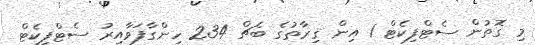
މި ގޮތުން ސެޓްފިކެޓް 1 އިން ޤިރާތުގެ ބެޗް 234 ހިންގާފަވާއިރު ސެޓްފިކެޓް